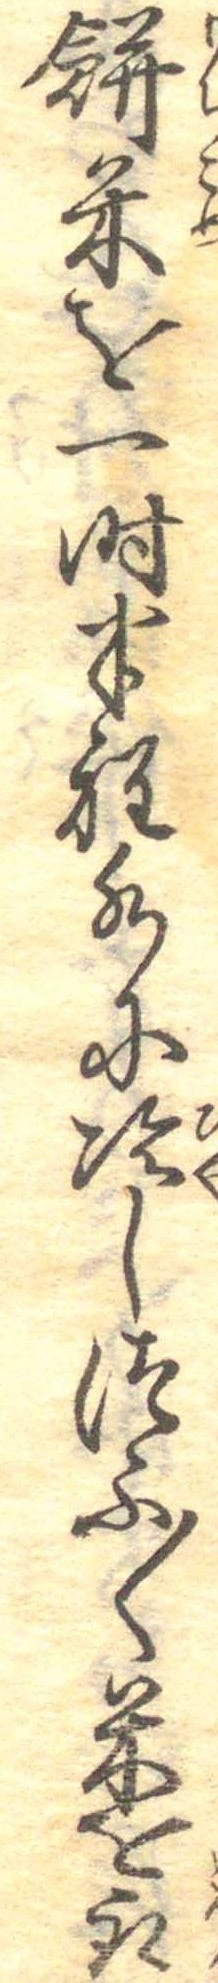
餅米を一時半程水に冷しつふ〱米を取